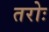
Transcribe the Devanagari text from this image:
तरोः